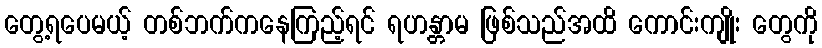
တွေ့ရပေမယ့် တစ်ဘက်ကနေကြည့်ရင် ရဟန္တာမ ဖြစ်သည်အထိ ကောင်းကျိုး တွေကို